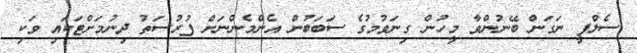
ސެލްފީ ނަގަން ބޭނުންވާ މީހުން ގިނަވުމުގެ ސަބަބުން އެންމެންނަށް ފުރުސަތު ދިނުމަށްޓަކައި ވަކި